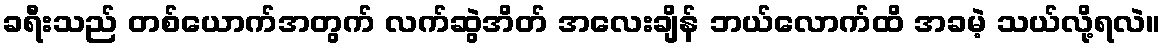
ခရီးသည် တစ်ယောက်အတွက် လက်ဆွဲအိတ် အလေးချိန် ဘယ်လောက်ထိ အခမဲ့ သယ်လို့ရလဲ။